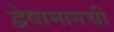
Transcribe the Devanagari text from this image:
द्वेषामागची